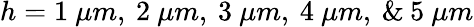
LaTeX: h=1~\mu m,\: 2~\mu m,\: 3~\mu m,\: 4~\mu m,\: \& \: 5~\mu m